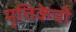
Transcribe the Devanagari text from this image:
मृत्तिकेची